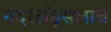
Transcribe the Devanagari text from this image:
नेदरलँड्सलाच